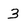
Character: 3